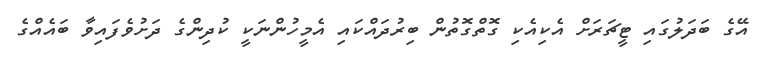
އޭގެ ބަދަލުގައި ޓީޗަރަށް އެކިއެކި ގޮތްގޮތުން ބިރުދައްކައި އެމީހުންނަކީ ކުދިންގެ ދަށުވެފައިވާ ބައެއްގެ